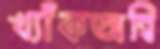
খ্যাঁকঅন্বি